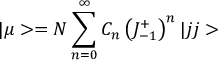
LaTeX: | \mu > = { \cal { N } } \sum _ { n = 0 } ^ { \infty } C _ { n } \left( J _ { - 1 } ^ { + } \right) ^ { n } | j j >